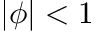
| \phi | < 1